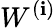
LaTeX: W^{(\mathbf{i})}